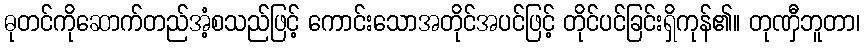
ဓုတင်ကိုဆောက်တည်အံ့စသည်ဖြင့် ကောင်းသောအတိုင်အပင်ဖြင့် တိုင်ပင်ခြင်းရှိကုန်၏။ တုဏှီဘူတာ၊